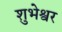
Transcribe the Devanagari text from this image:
शुभेश्वर